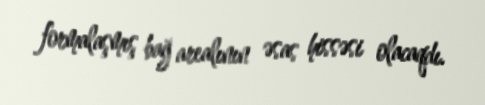
formalaşmış bağ arealının əsas hissəsi olacaqdı.